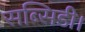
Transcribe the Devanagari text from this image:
सब्सिडी।